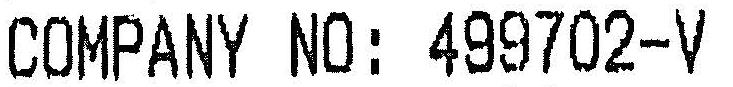
COMPANY NO: 499702-V